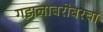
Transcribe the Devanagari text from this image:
गझलाबरोबरचा